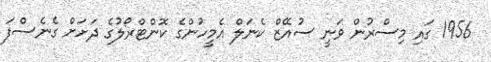
1956 ގައި މިސްރުން ވަނީ ސުއޭޒް ކެނަލް އެމީހުންގެ ކޮންޓްރޯލުގެ ދަށަށް ގެނެސްފަ